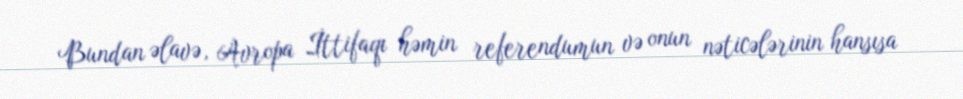
Bundan əlavə, Avropa İttifaqı həmin referendumun və onun nəticələrinin hansısa